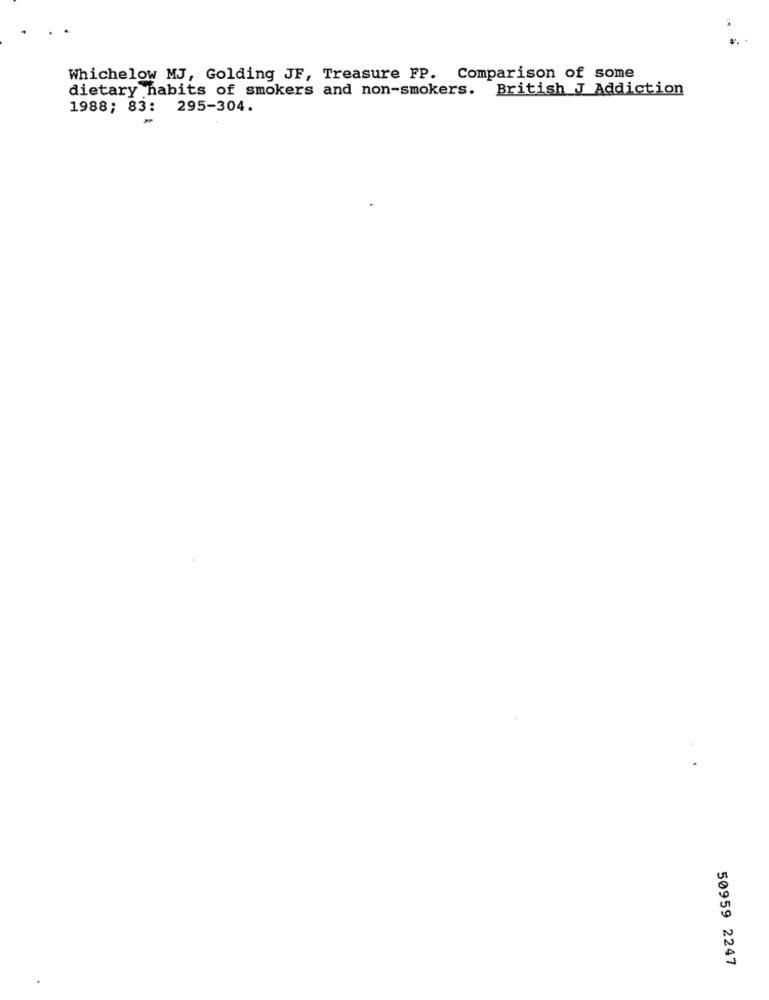
Whichelow MJ, Golding JF, Treasure FP. Comparison of some
dietary habits of smokers and non-smokers. British J Addiction
1988; 83: 295-304.
50959 2247